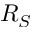
R _ { S }